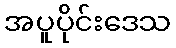
အပူပိုင်းဒေသ